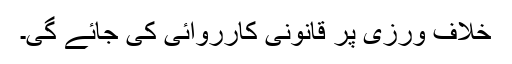
خلاف ورزی پر قانونی کارروائی کی جائے گی۔